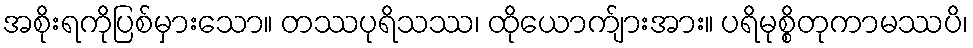
အစိုးရကိုပြစ်မှားသော။ တဿပုရိသဿ၊ ထိုယောက်ျားအား။ ပရိမုစ္စိတုကာမဿပိ၊